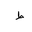
Letter: _da